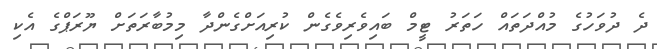
ދެ ދުވަހުގެ މުއްދަތައް ހަތަރު ޓީމް ބައިވެރިވެގެން ކުރިއަށްގެންދާ މިމުބާރަތަށް ޔޫރަޕްގެ އެކި